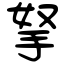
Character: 拏